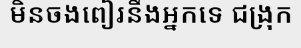
មិនចងពៀរនឹងអ្នកទេ ជង្រុក